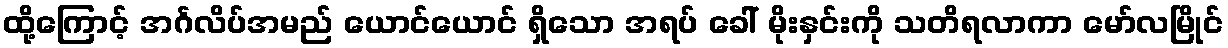
ထို့ကြောင့် အင်္ဂလိပ်အမည် ယောင်ယောင် ရှိသော အရပ် ခေါ် မိုးနှင်းကို သတိရလာကာ မော်လမြိုင်